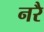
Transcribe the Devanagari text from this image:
नरै